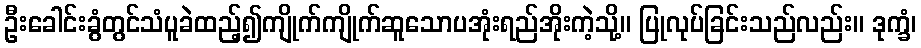
ဦးခေါင်းခွံတွင်သံပူခဲထည့်၍ကျိုက်ကျိုက်ဆူသောပအုံးရည်အိုးကဲ့သို့။ ပြုလုပ်ခြင်းသည်လည်း။ ဒုက္ခံ၊